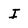
Character: I